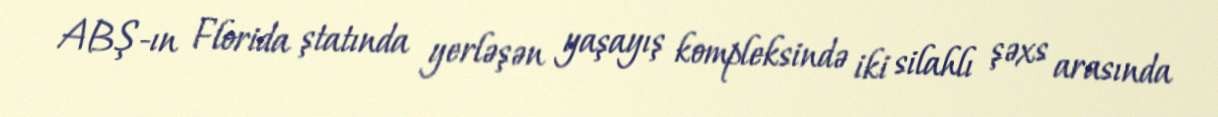
ABŞ-ın Florida ştatında yerləşən yaşayış kompleksində iki silahlı şəxs arasında